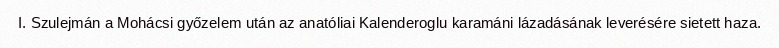
I. Szulejmán a Mohácsi győzelem után az anatóliai Kalenderoglu karamáni lázadásának leverésére sietett haza.